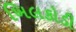
ખિલકોડી